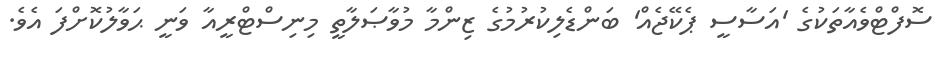
ސޮފްޓްވެއާތަކުގެ 'އަސާސީ ޕެކޭޖެއް' ބަންޑެލިކުރުމުގެ ޒިންމާ މުވާޞަލާތީ މިނިސްޓްރީއާ ވަނީ ޙަވާލުކޮށްފަ އެވެ.